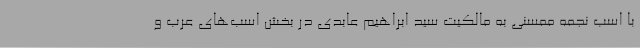
با اسب نجمه ممسنی به مالکیت سید ابراهیم عابدی در بخش اسب‌های عرب و